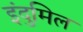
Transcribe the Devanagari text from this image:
इंदुमिल